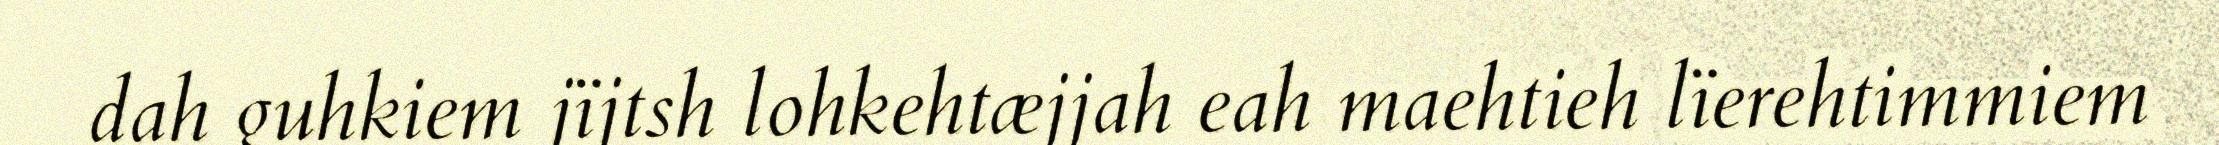
dah guhkiem jïjtsh lohkehtæjjah eah maehtieh lïerehtimmiem